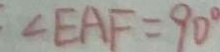
\angle E A F = 9 0 ^ { \circ }